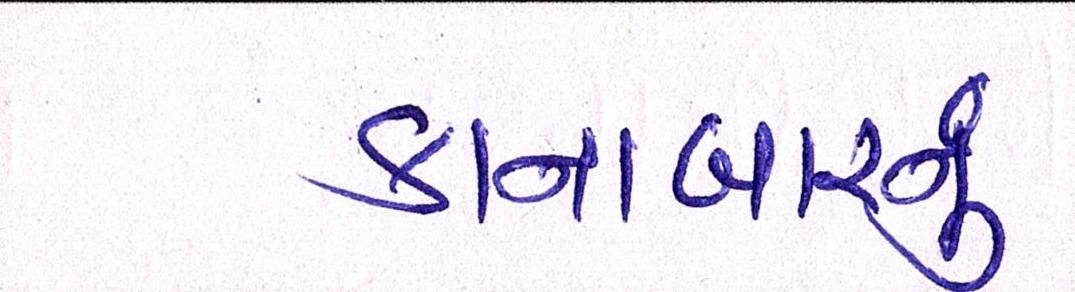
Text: કાનાબારનું